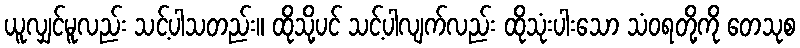
ယူလျှင်မူလည်း သင့်ပါသတည်း။ ထိုသို့ပင် သင့်ပါလျက်လည်း ထိုသုံးပါးသော သံဝရတို့ကို တေသုစ